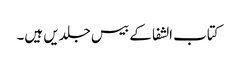
کتاب الشفا کے بیس جلدیں ہیں۔